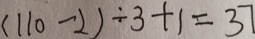
( 1 1 0 - 2 ) \div 3 + 1 = 3 7